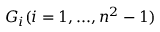
G _ { i } ( i = 1 , . . . , n ^ { 2 } - 1 )